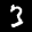
Label: 3